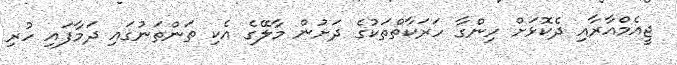
ޖީއެމްއާރާއި ދެކޮޅަށް ހިންގާ ހަރަކާތްތަކުގެ ދަށުން މާލޭގެ އެކި ތަންތަނުގައި ދަމާފައި ހުރި